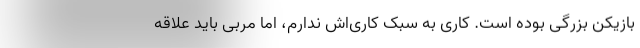
بازیکن بزرگی بوده است. کاری به سبک کاری‌اش ندارم، اما مربی باید علاقه